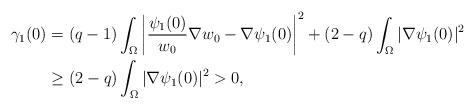
LaTeX: \begin{align*}\gamma_1(0) & = (q-1) \int_\Omega \left\vert \frac{\psi_1(0)}{w_0} \nabla w_0 - \nabla \psi_1(0) \right\vert^2 + (2-q) \int_\Omega |\nabla \psi_1(0)|^2 \\& \geq (2-q) \int_\Omega |\nabla \psi_1(0)|^2 > 0, \end{align*}